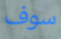
سوف